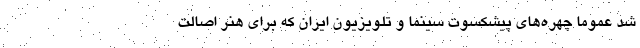
شد عموما چهره‌های پیشکسوت سینما و تلویزیون ایران که برای هنر اصالت